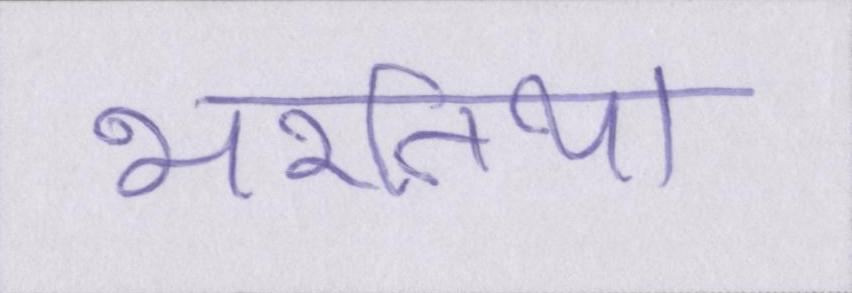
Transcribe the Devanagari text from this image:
भरतिया